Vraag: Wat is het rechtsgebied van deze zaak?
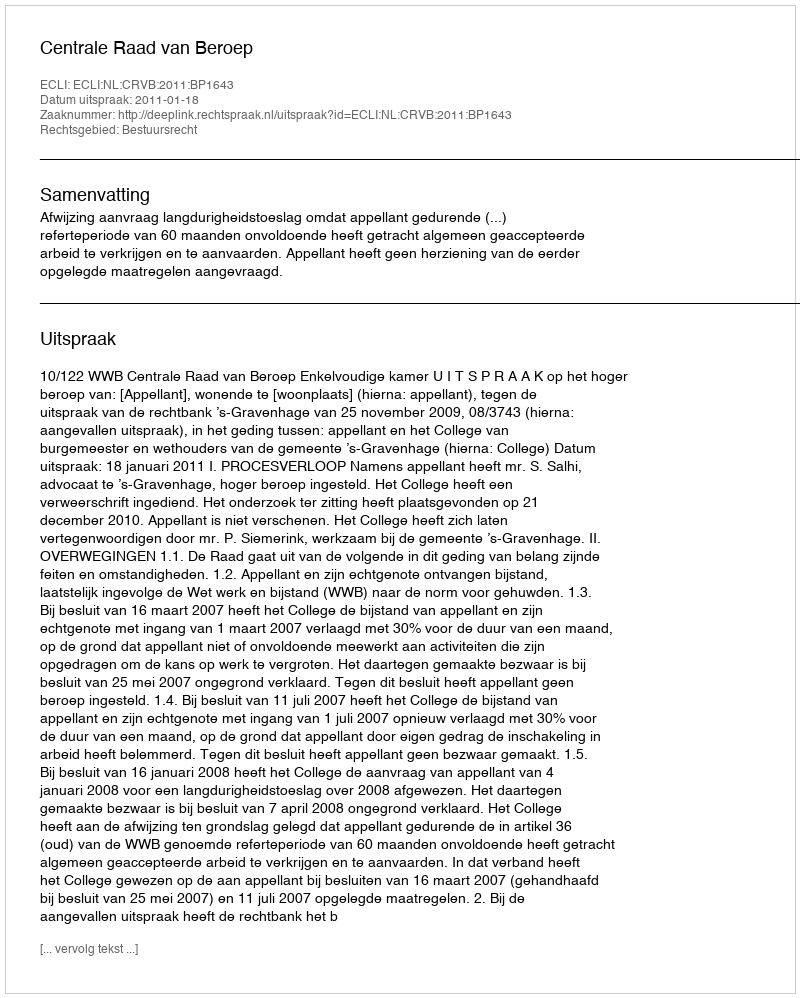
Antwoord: Bestuursrecht